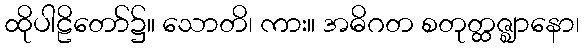
ထိုပါဠိတော်၌။ သောတိ၊ ကား။ အဓိဂတ စတုတ္ထဇ္ဈာနော၊